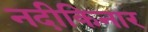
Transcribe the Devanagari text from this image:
नदीकिनार